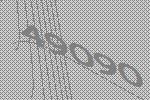
49090